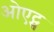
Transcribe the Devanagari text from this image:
ओएट्स